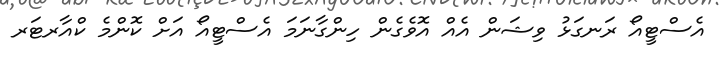
އެސްޓީއޯ ރަނގަޅު ވިޝަން އެއް އޮވެގެން ހިންގާނަމަ އެސްޓީއޯ އަށް ކޮންމެ ކްއާރޓަރ